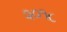
૨૦૧૮